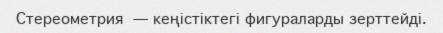
Стереометрия — кеңістіктегі фигураларды зерттейді.